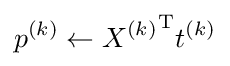
p^{(k)}\gets {X^{(k)}}^{\mathrm {T} }t^{(k)}